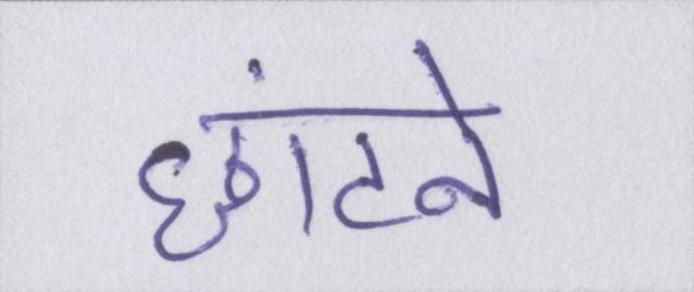
छांटने